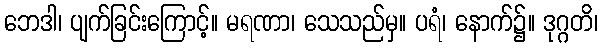
ဘေဒါ၊ ပျက်ခြင်းကြောင့်။ မရဏာ၊ သေသည်မှ။ ပရံ၊ နောက်၌။ ဒုဂ္ဂတိ၊